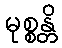
မုစ္စန္တိ